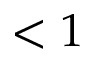
< 1